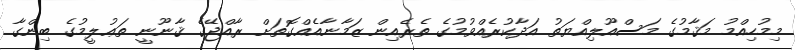
މިމުހިއްމު މަޤާމުގެ މަސްއޫލިއްޔަތު އަދާކުރެއްވުމުގެ ތެރެއިން ޒަމާނާއެއްގޮތަށް ރާއްޖޭގެ ޤާނޫނީ ތަޢުލީމުގެ ބިންގާ